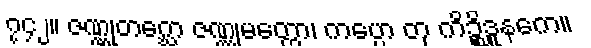
၇၄၂။ ဇဏ္ဏုတဂ္ဃော ဇဏ္ဏုမတ္တော၊ ကပ္ပော တု ကိဉ္စိဒူနကေ။